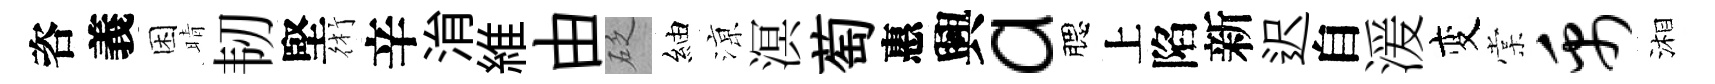
咨義困晴韧堅術辛㳙維由砭紬鿌溟萄惠興a腮上陷新迟自湲变棠禹湘